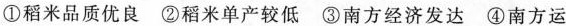
①稻米品质优良②稻米单产较低③南方经济发达④南方运输便捷